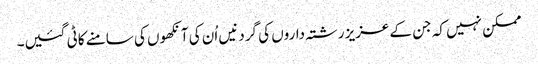
ممکن نہیں کہ جن کے عزیز رشتہ داروں کی گردنیں اُن کی آنکھوں کی سامنے کاٹی گئیں۔